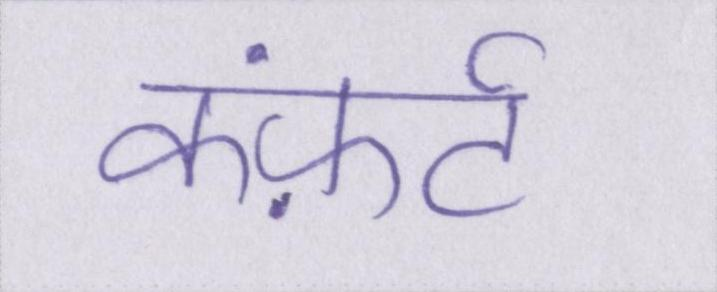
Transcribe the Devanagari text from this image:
कंफ़र्ट